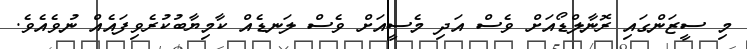
މި ސީޒަންގައި ރޮނާލްޑޯއަށް ވެސް އަދި މެސީއަށް ވެސް ލަނޑެއް ކާމިޔާބުކުރެވިފައެއް ނުވެއެވެ.